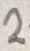
Text: 2